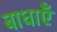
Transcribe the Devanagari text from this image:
बाधाऍं